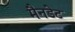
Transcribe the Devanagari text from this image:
मैनडेट